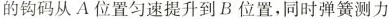
的钩码从A位置匀速提升到B位置，同时弹簧测力